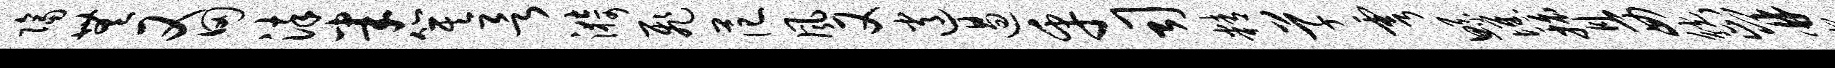
隔无又田染半箕欲漪飞范风又逍遏乎司精草雩鲧憔膂西觥止并宛